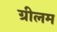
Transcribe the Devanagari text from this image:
ग्रीलम